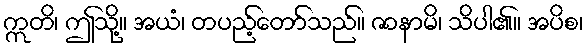
ဣတိ၊ ဤသို့။ အယံ၊ တပည့်တော်သည်။ ဇာနာမိ၊ သိပါ၏။ အပိစ၊